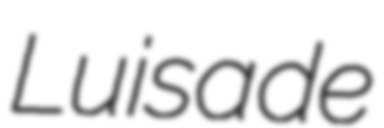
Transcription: Luisa de